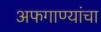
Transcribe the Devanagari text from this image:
अफगाण्यांचा